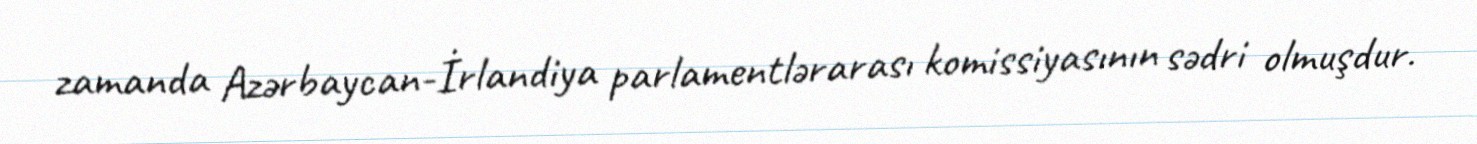
zamanda Azərbaycan-İrlandiya parlamentlərarası komissiyasının sədri olmuşdur.